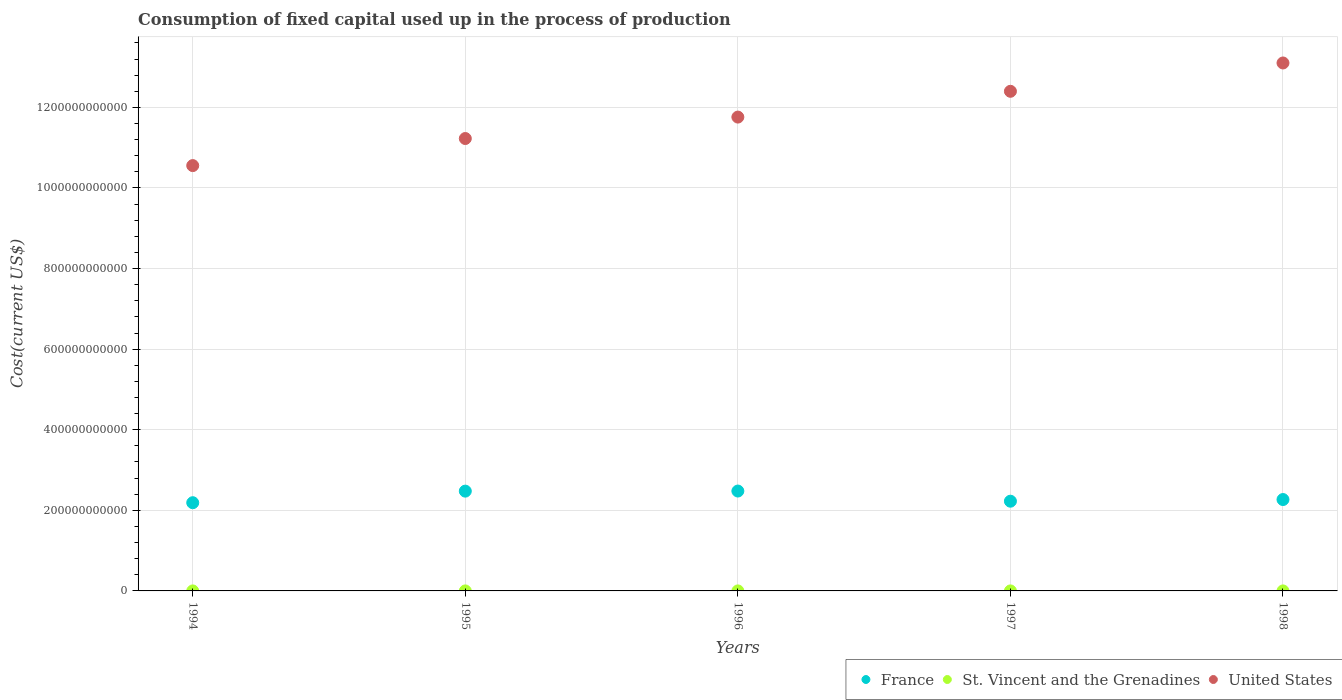
| Years | France | St. Vincent and the Grenadines | United States |
 | --- | --- | --- | --- |
 | 1994 | 2.19e+11 | 7.06e+06 | 1.06e+12 |
 | 1995 | 2.48e+11 | 7.69e+06 | 1.12e+12 |
 | 1996 | 2.48e+11 | 8.33e+06 | 1.18e+12 |
 | 1997 | 2.23e+11 | 8.71e+06 | 1.24e+12 |
 | 1998 | 2.27e+11 | 1.01e+07 | 1.31e+12 |